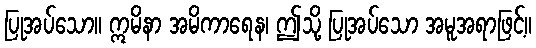
ပြုအပ်သော။ ဣမိနာ အမိကာရေန၊ ဤသို့ ပြုအပ်သော အမူအရာဖြင့်။